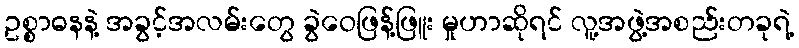
ဥစ္စာဓနနဲ့ အခွင့်အလမ်းတွေ ခွဲဝေဖြန့်ဖြူး မှုဟာဆိုရင် လူ့အဖွဲ့အစည်းတခုရဲ့